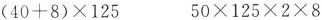
$$( 4 0 + 8 ) \times 1 2 5$$ $$5 0 \times 1 2 5 \times 2 \times 8$$